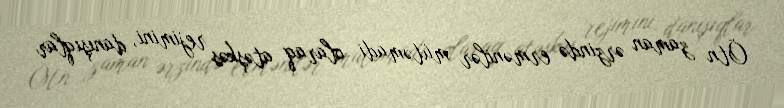
Ötn zaman ərzində ermənilər mütəmadi olaraq atəşkəs rejimini, danışıqlar